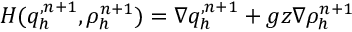
H ( q _ { h } ^ { , n + 1 } , \rho _ { h } ^ { n + 1 } ) = \nabla q _ { h } ^ { , n + 1 } + g z \nabla \rho _ { h } ^ { n + 1 }